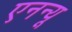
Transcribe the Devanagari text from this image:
एनन्यू